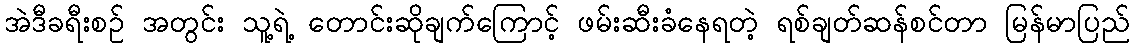
အဲဒီခရီးစဉ် အတွင်း သူ့ရဲ့ တောင်းဆိုချက်ကြောင့် ဖမ်းဆီးခံနေရတဲ့ ရစ်ချတ်ဆန်စင်တာ မြန်မာပြည်